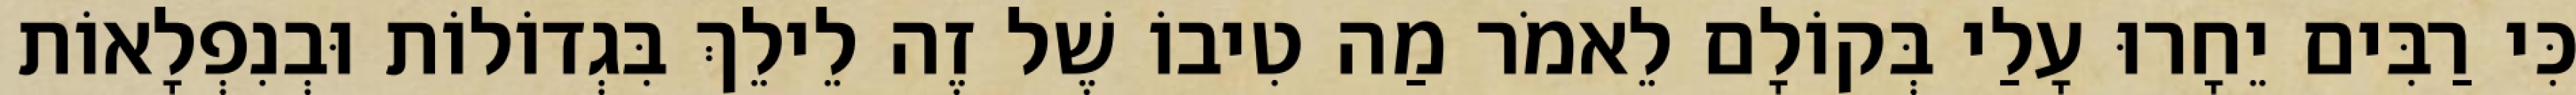
כִּי רַבִּים יֵחָרוּ עָלַי בְּקוֹלָם לֵאמֹר מַה טִיבוֹ שֶׁל זֶה לֵילֵךְ בִּגְדוֹלוֹת וּבְנִפְלָאוֹת